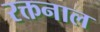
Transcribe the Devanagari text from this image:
रक्तनाल